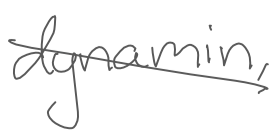
Text: dynamin,
Cross-out: diagonal
Writing tool: digital_gray